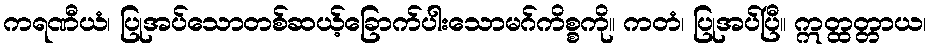
ကရဏီယံ၊ ပြုအပ်သောတစ်ဆယ့်ခြောက်ပါးသောမဂ်ကိစ္စကို။ ကတံ၊ ပြုအပ်ပြီ။ ဣတ္ထတ္တာယ၊